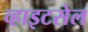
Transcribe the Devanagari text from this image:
व्हाइटसेल